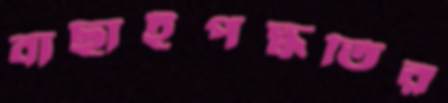
বাছাইপদ্ধতির